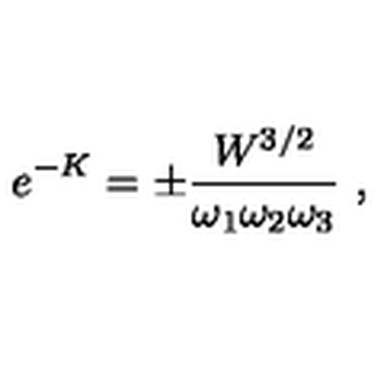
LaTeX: e ^ { - K } = \pm \frac { W ^ { 3 / 2 } } { \omega _ { 1 } \omega _ { 2 } \omega _ { 3 } } \ ,